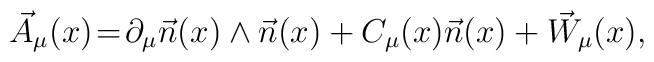
\vec A_\mu(x)\!=\!\partial_\mu\vec n(x)\wedge\vec n(x)+C_\mu(x)\vec n(x)+\vec W_\mu(x),